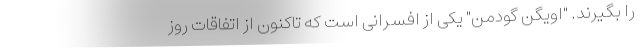
را بگیرند. "اویگن گودمن" یکی از افسرانی است که تاکنون از اتفاقات روز